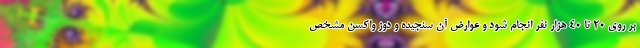
بر روی ۲۰ تا ۴۰ هزار نفر انجام شود و عوارض آن سنجیده و دوز واکسن مشخص